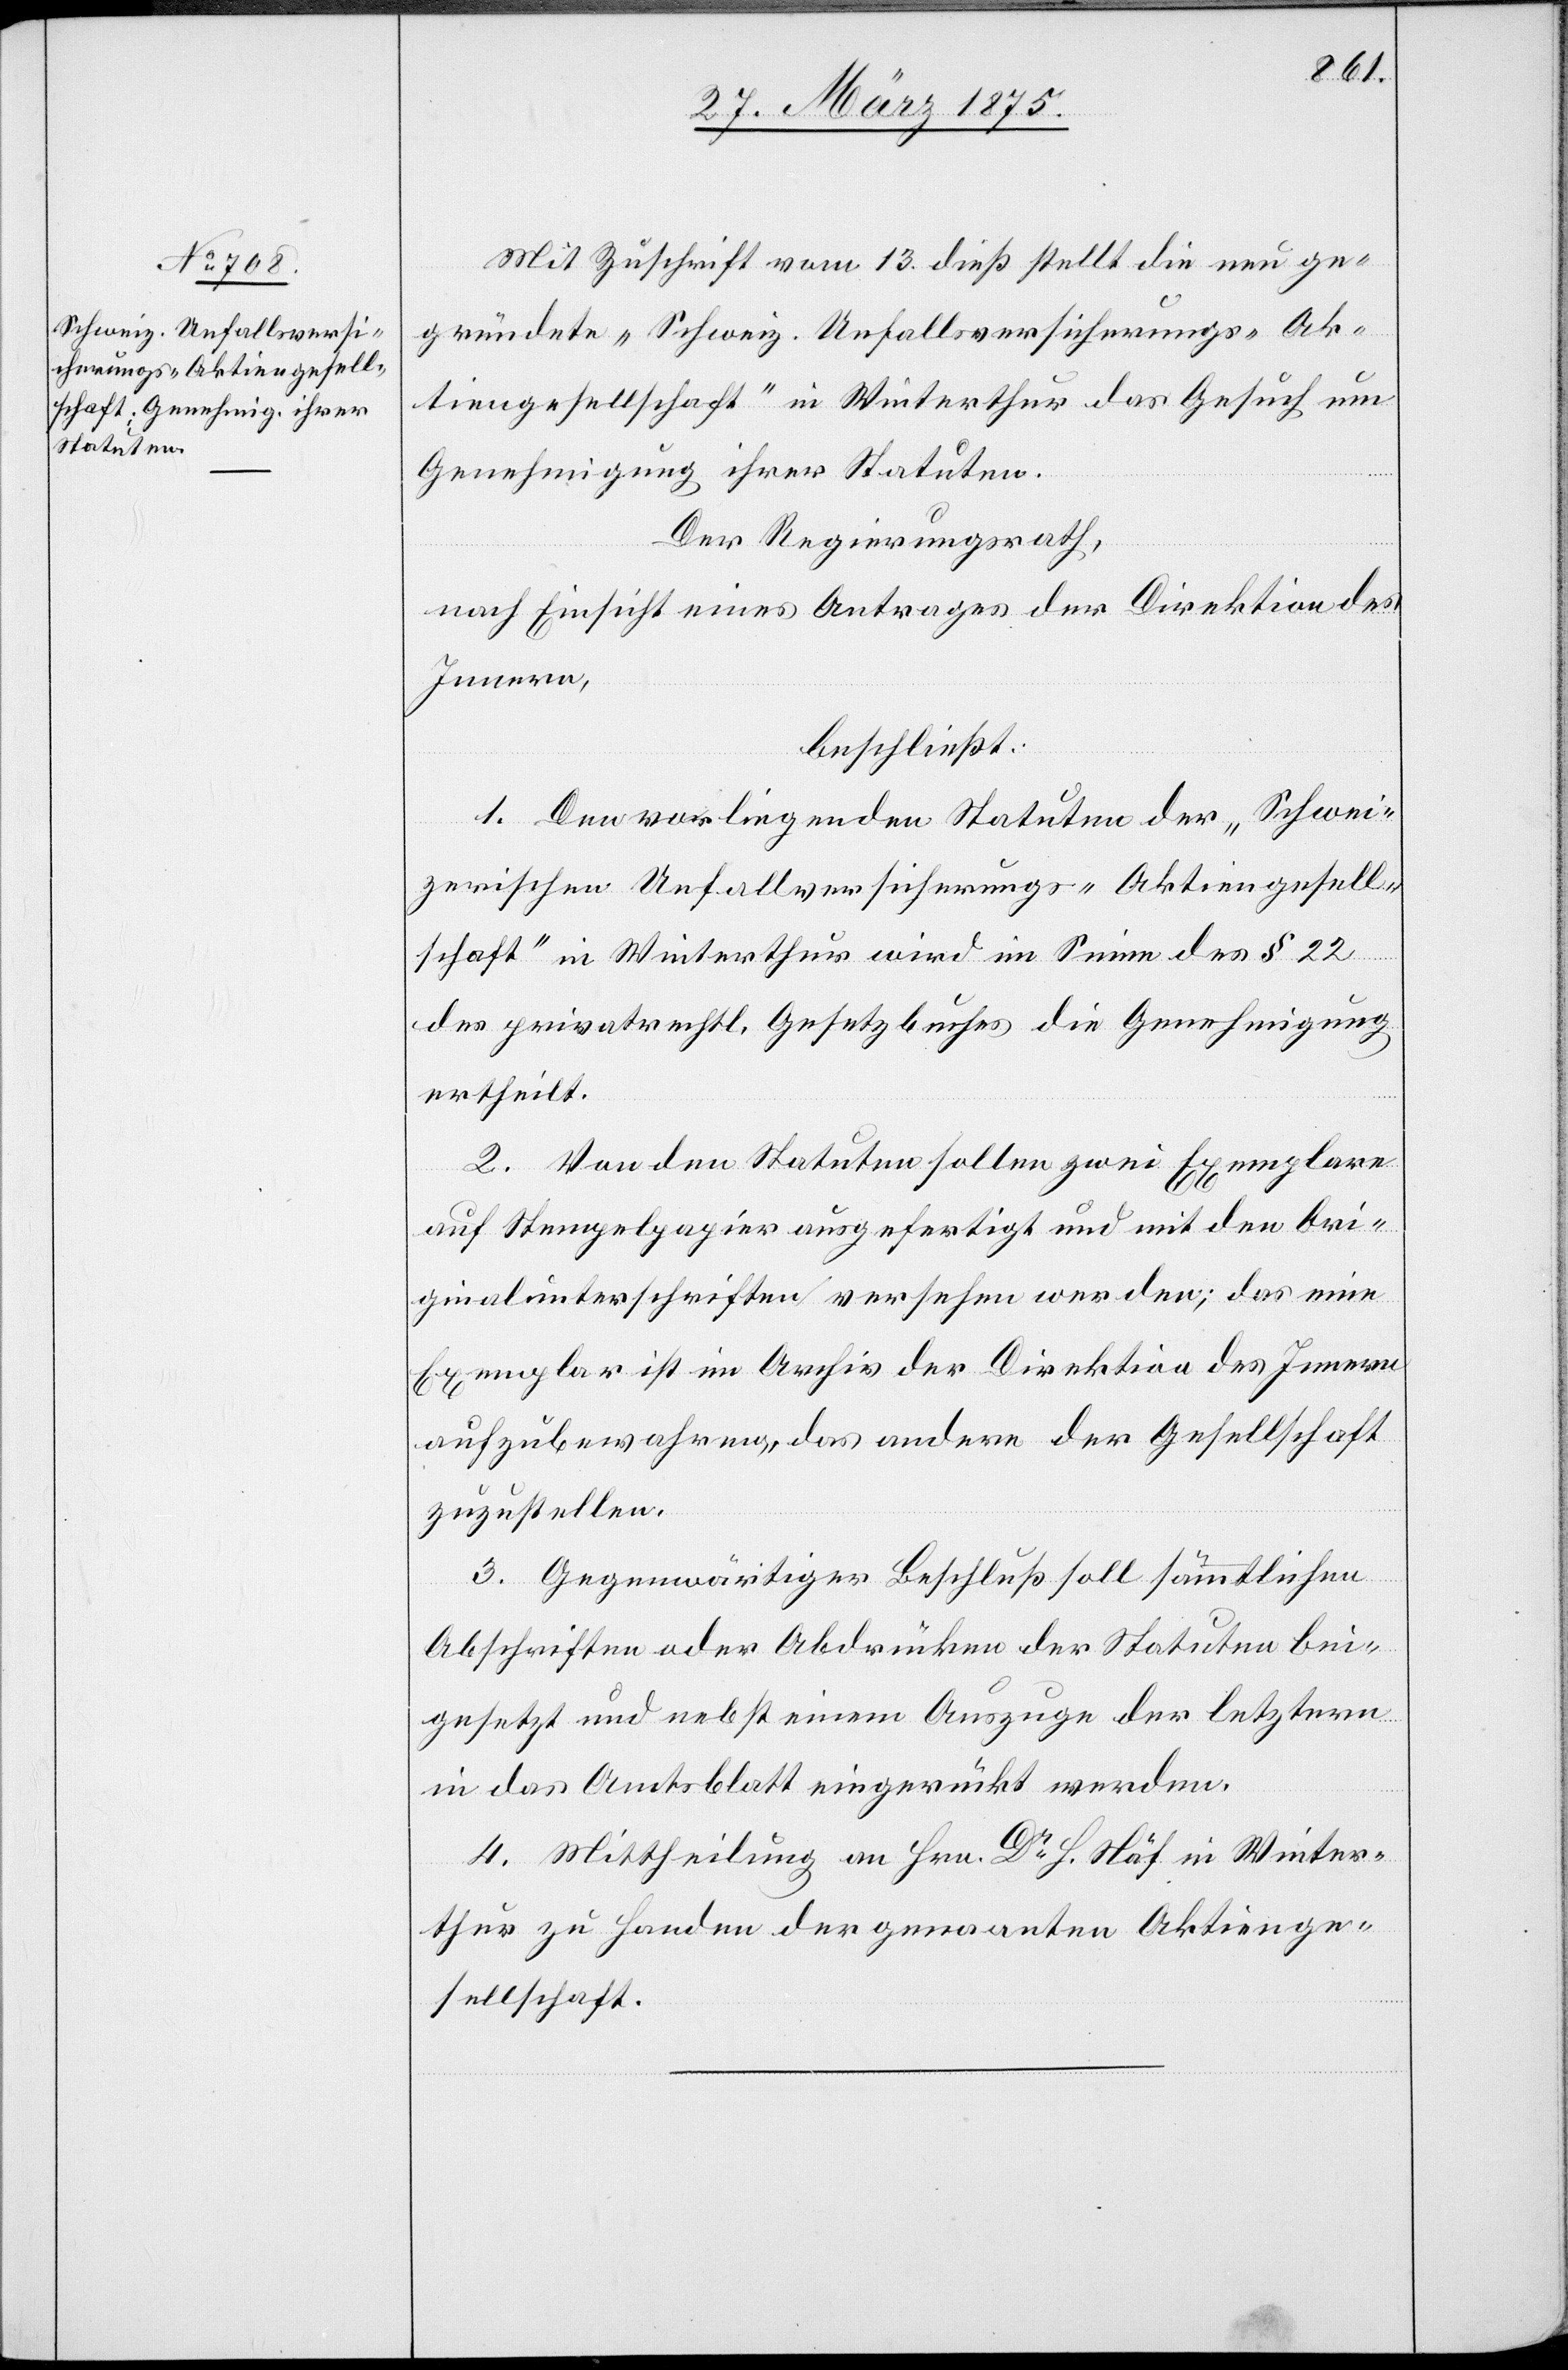
Mit Zuschrift vom 13. dieß stellt die neu ge¬
gründete „Schweiz. Unfallversicherungs-Ak¬
tiengesellschaft“ in Winterthur das Gesuch um
Genehmigung ihrer Statuten.
Der Regierungsrath,
nach Einsicht eines Antrages der Direktion des
Innern,
beschließt:
1. Den vorliegenden Statuten der „Schwei¬
zerischen Unfallversicherungs-Aktiengesell¬
schaft“ in Winterthur wird im Sinne des § 22
des privatrechtl. Gesetzbuches die Genehmigung
ertheilt.
2. Von den Statuten sollen zwei Exemplare
auf Stempelpapier ausgefertigt und mit den Ori¬
ginalunterschriften versehen werden; das eine
Exemplar ist im Archiv der Direktion des Innern
aufzubewahren, das andere der Gesellschaft
zuzustellen.
3. Gegenwärtiger Beschluß soll sämmtlichen
Abschriften oder Abdrücken der Statuten bei¬
gesetzt und nebst einem Auszuge der letztern
in das Amtsblatt eingerückt werden.
4. Mittheilung an Hrn. Dr H. Näf in Winter¬
thur zu Handen der genannten Aktienge¬
sellschaft.